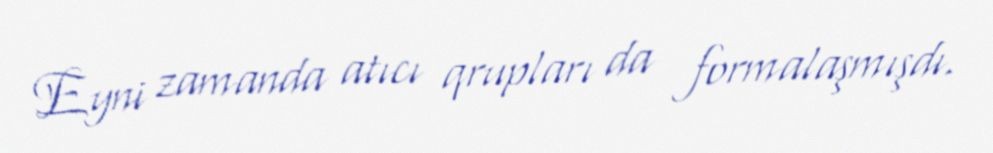
Eyni zamanda atıcı qrupları da formalaşmışdı.